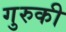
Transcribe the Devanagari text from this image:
गुरुकी